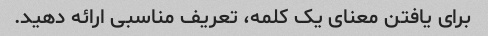
برای یافتن معنای یک کلمه، تعریف مناسبی ارائه دهید.